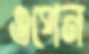
ওপেন